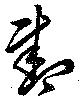
尽